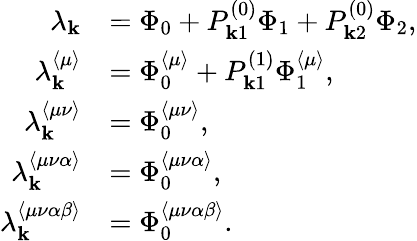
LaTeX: \begin{array}{rl}{\lambda_{\mathbf{k}}}&{=\Phi_{0}+P_{\mathbf{k}1}^{(0)}\Phi_{1}+P_{\mathbf{k}2}^{(0)}\Phi_{2},}\\ {\lambda_{\mathbf{k}}^{\langle\mu\rangle}}&{=\Phi_{0}^{\langle\mu\rangle}+P_{\mathbf{k}1}^{(1)}\Phi_{1}^{\langle\mu\rangle},}\\ {\lambda_{\mathbf{k}}^{\langle\mu\nu\rangle}}&{=\Phi_{0}^{\langle\mu\nu\rangle},}\\ {\lambda_{\mathbf{k}}^{\langle\mu\nu\alpha\rangle}}&{=\Phi_{0}^{\langle\mu\nu\alpha\rangle},}\\ {\lambda_{\mathbf{k}}^{\langle\mu\nu\alpha\beta\rangle}}&{=\Phi_{0}^{\langle\mu\nu\alpha\beta\rangle}.}\end{array}